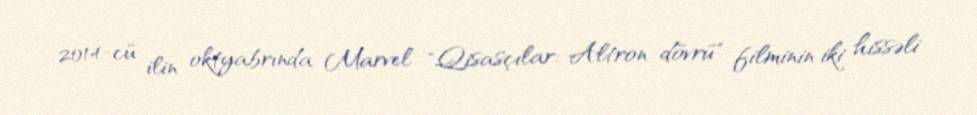
2014-cü ilin oktyabrında Marvel "Qisasçılar: Altron dövrü" filminin iki hissəli